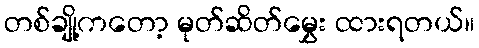
တစ်ချို့ကတော့ မုတ်ဆိတ်မွှေး ထားရတယ်။